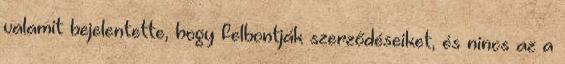
valamit bejelentette, hogy felbontják szerződéseiket, és nincs az a